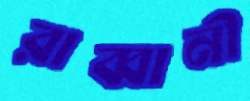
রাব্বানী